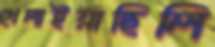
খেলাইয়াছিলি